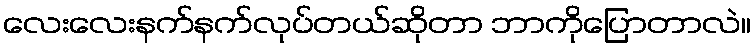
လေးလေးနက်နက်လုပ်တယ်ဆိုတာ ဘာကိုပြောတာလဲ။